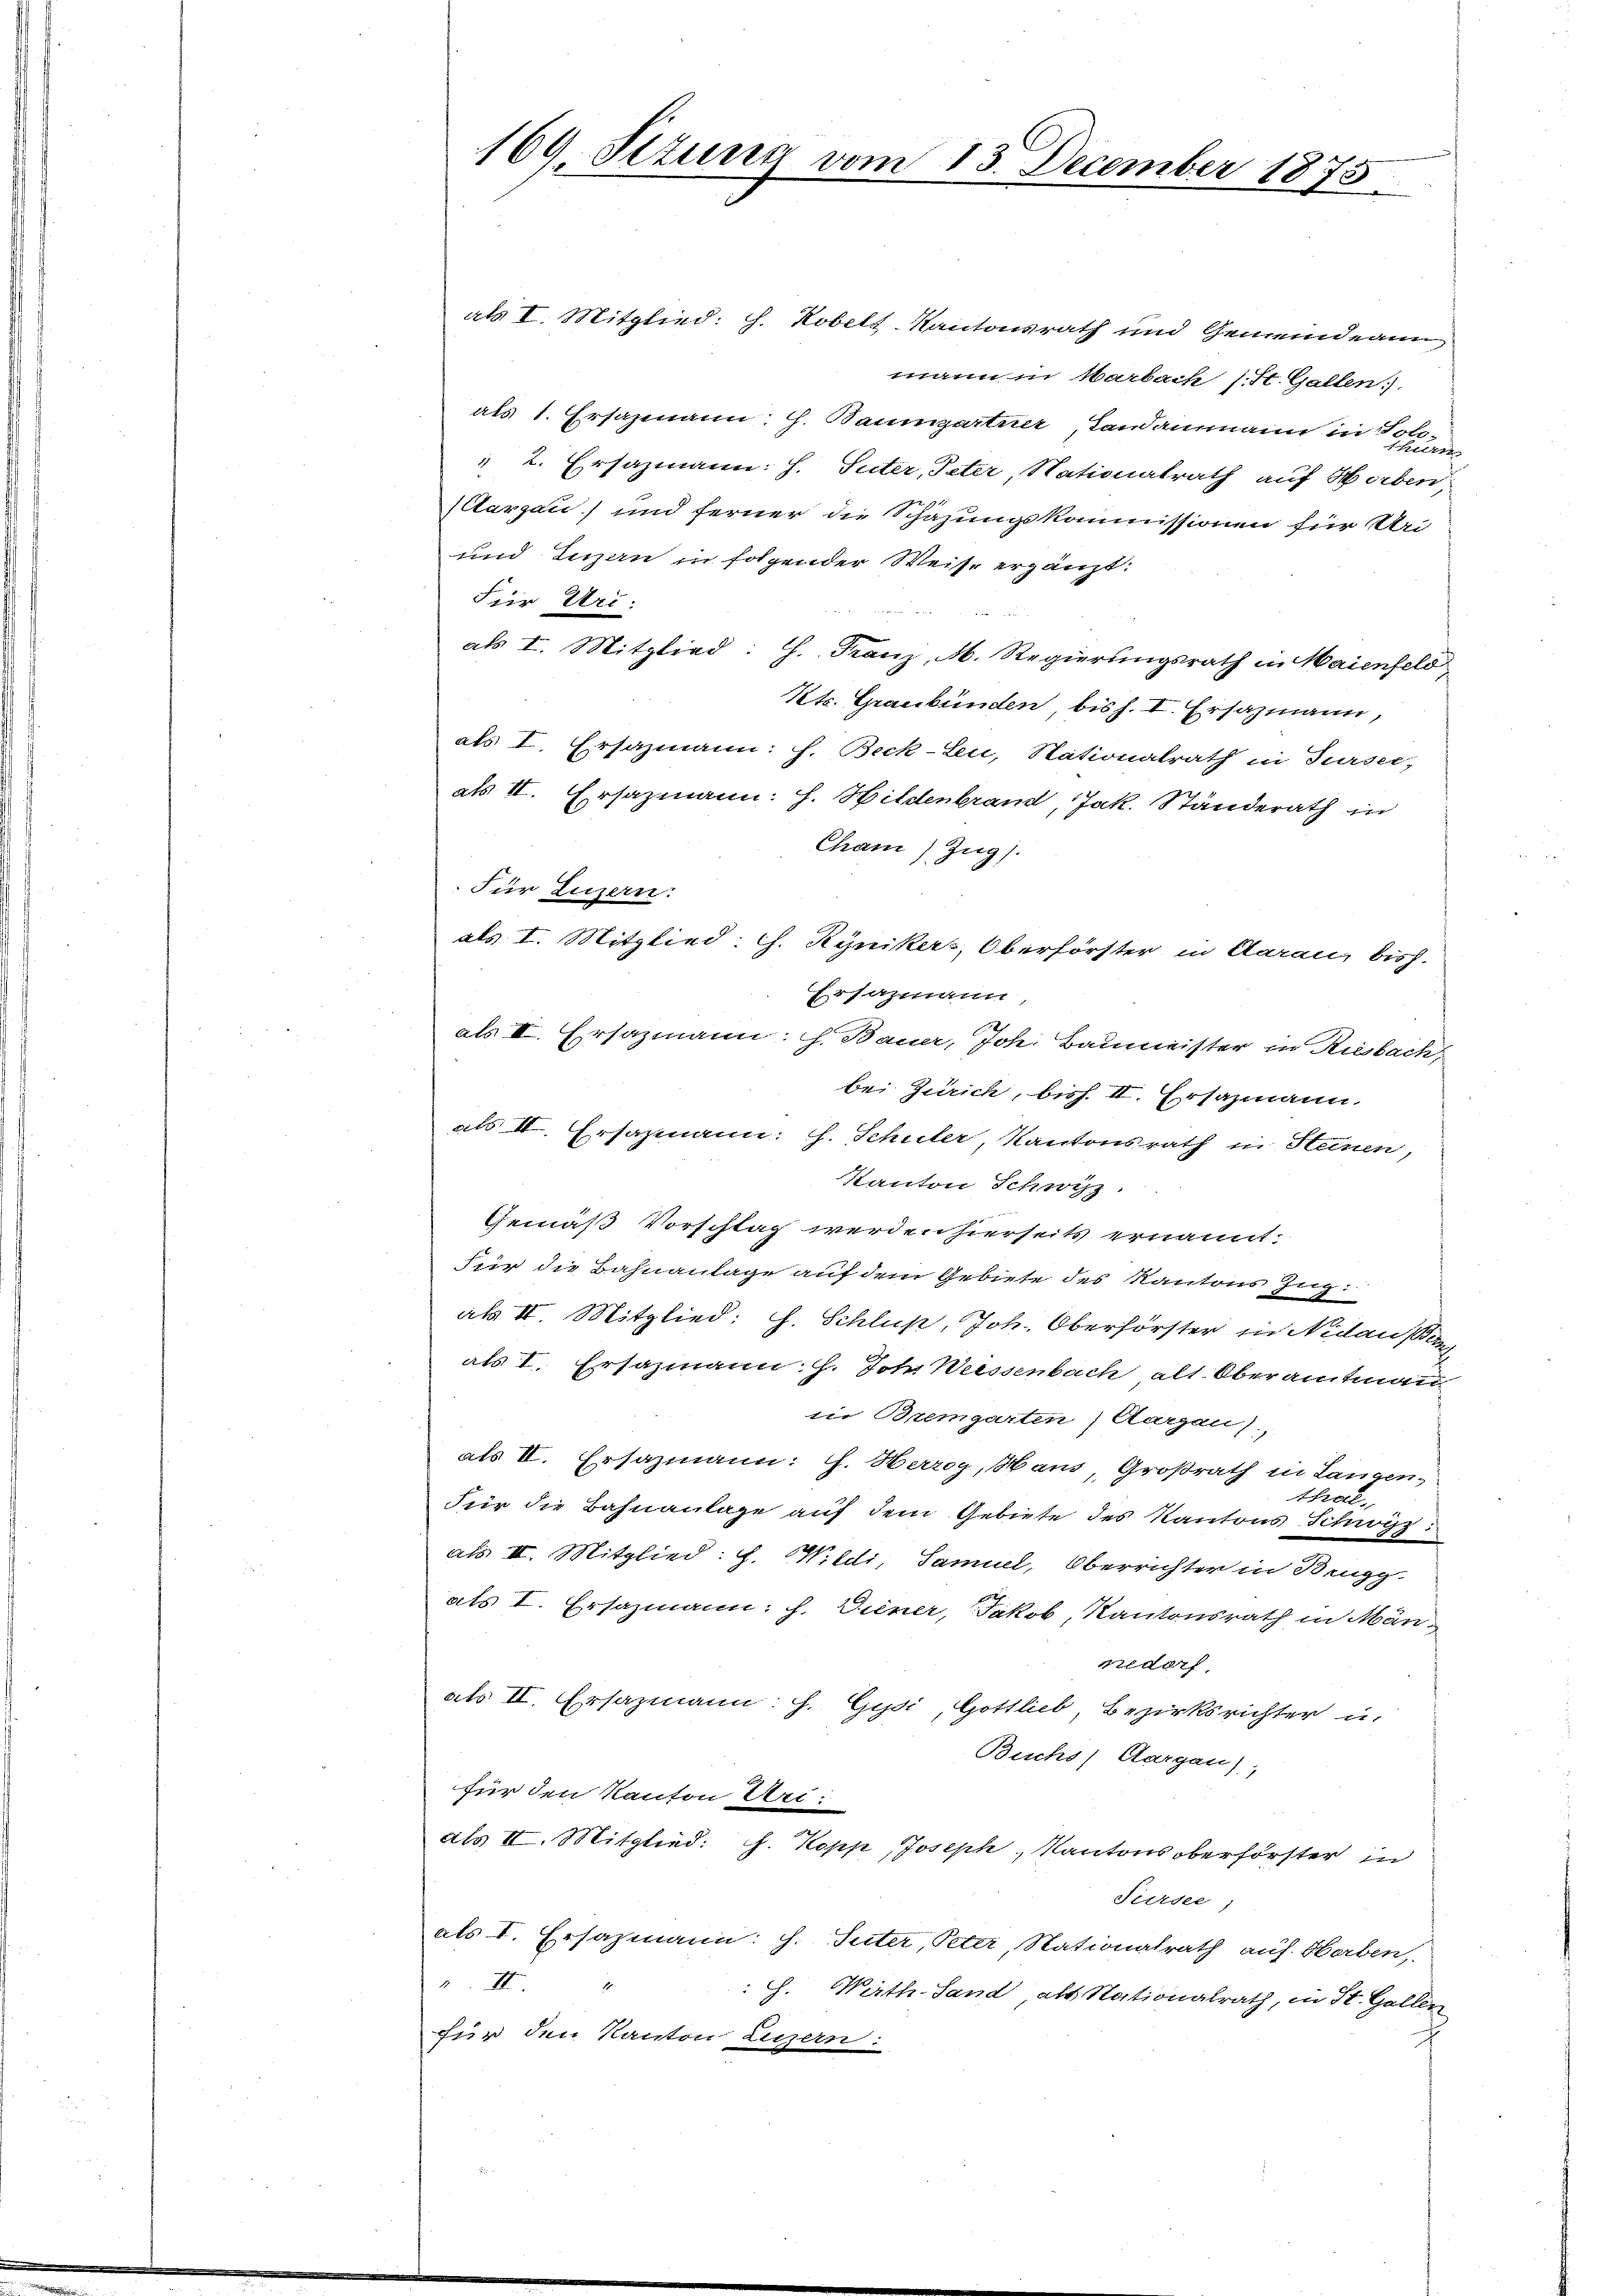
169, Stzung vom 13. December 1875.

als I. Mitglied: h. Kobelt-Kantonsrath und Gemeindean
mann in Marbach s. St. Gallen.
als 1. Ersatzmann: H. Baumgartner, Landammann in
 2. Ersazmann: H. Suter, Peter, Nationalrath auf Horben
Aargau) und ferner die Schazungskommissionen für Uri
und Inzau in folgender Weise ergänzt.
Für Uri:
als I. Mitglied: H. Franz, M. Regierungsrath in Maienfeld
Kts. Graubünden bish. I. Ersazmann,
als I. Ersazmann: h. Beck-Leu, Stationalrath in Sursee,
als II. Ersazmann: H. Hildenbrand, Jak. Ständerath in
Cham) Zug).
Für Luzern:
als I. Mitglied. G. Rynikers, Oberförster in Aarau, bish
Ersazmann,
als II. Ersazmann: H. Bauer, Joh. Baumeister in Rubach,
bei Zürich, bish. II. Ersazmann.
als II. Ersazmann: J. Schuler, Kantonsrath in Steinen,
Kanton Schwyz.
Gemäß Vorschlag werden hierseits ernannt:
Für die Bahnanlage auf dem Gebiete des Kantons Zug:
als II. Mitglied: J. Schluß, Joh. Oberförster in Nidausen
als I. Ersazmann: H. Joh. Weissenbach alt. Oberamtmann
in Bremgarten) Aargau)
als II. Ersazmann: J. Herzog, Hans, Großrath in Langen-
thal¬
Für die Bahnanlage auf dem Gebiete des Kantons Schwyz
als II. Mitglied: J. Wildi, Samuel, Oberrichter in Beugg.
als I. Ersazmann: h. Diener, Jakob, Kantonsrath in Männedorf,
als II. Ersazmann: J. Gysi, Gottlieb, Bezirksrichter u.
Buchs, Aargau),
für den Kanton Uri:
als II. Mitglied: J. Kopp, Joseph, Kantons oberförster in
Sursee,
als I. Ersazmann: J. Suter, Peter, Nationalrath auf Horben,
. II.
. Wirth. Sand als Nationalrath, in St. Gallen
für den Kanton Luzern: